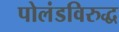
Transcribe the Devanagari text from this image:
पोलंडविरुद्ध